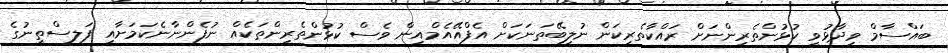
ބައްސާމް ވިދާޅުވީ ކުޅުންތެރިންނަށް ރައްކާތެރިކަން ނުލިބޭތަނަކަށް އެފްއޭއެމްއިން ވެސް ކުޅުންތެރިންތަކެއް ނުފެންނާނެކަމަށާއި ފަލސްތީނުގެ